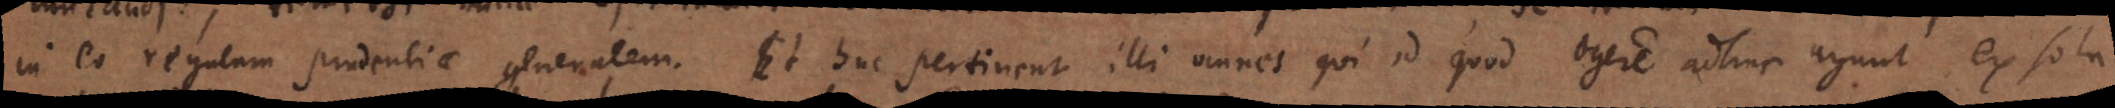
in eo regulam prudentiae generalem. Et huc pertinent illi omnes qui id quod egere adhuc agunt ex sola